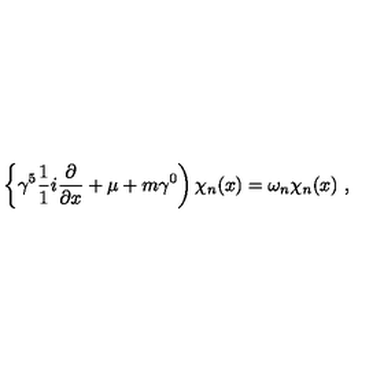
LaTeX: \left\{ \gamma ^ { 5 } \frac { 1 } { 1 } { i } \frac { \partial } { \partial x } + \mu + m \gamma ^ { 0 } \right) \chi _ { n } ( x ) = \omega _ { n } \chi _ { n } ( x ) \ ,